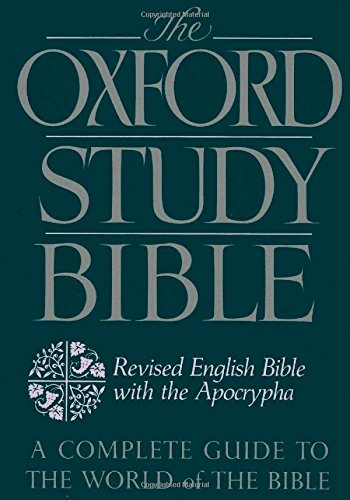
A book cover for The Oxford Study Bible: Revised English Bible with the Apocrypha; Christian Books & Bibles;